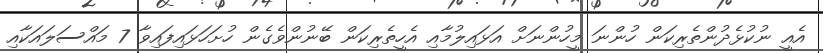
އެއީ ނުކުޅެދުންތެރިކަން ހުންނަ މީހުންނަށް އަޅައިލުމާއި އެހީތެރިކަން ބޭނުންވެގެން ހުށަހަޅައިފައިވާ 7 މައްސަލައަކާއި